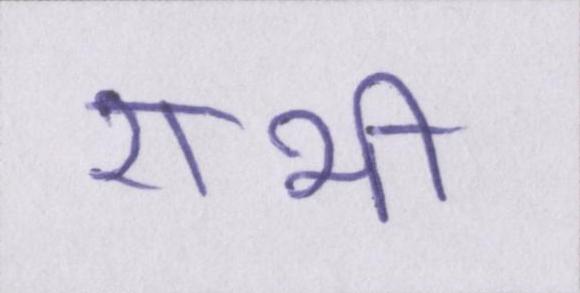
राभी